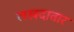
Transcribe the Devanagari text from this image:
लखदातार